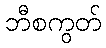
ဘီစကွတ်